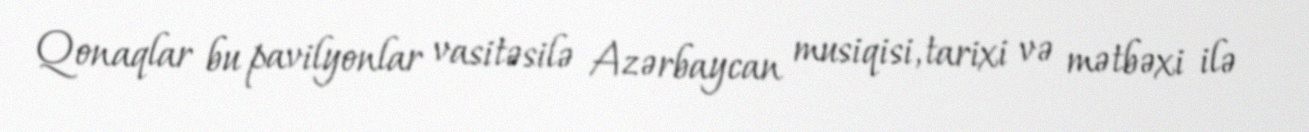
Qonaqlar bu pavilyonlar vasitəsilə Azərbaycan musiqisi, tarixi və mətbəxi ilə